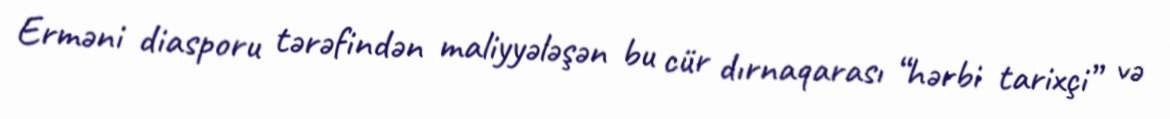
Erməni diasporu tərəfindən maliyyələşən bu cür dırnaqarası “hərbi tarixçi” və